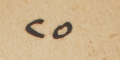
٢٥